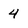
Character: 4